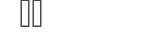
٣٨